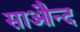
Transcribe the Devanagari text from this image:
साऔन्द